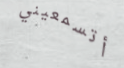
أتسمعيني